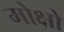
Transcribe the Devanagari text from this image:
मोक्षो